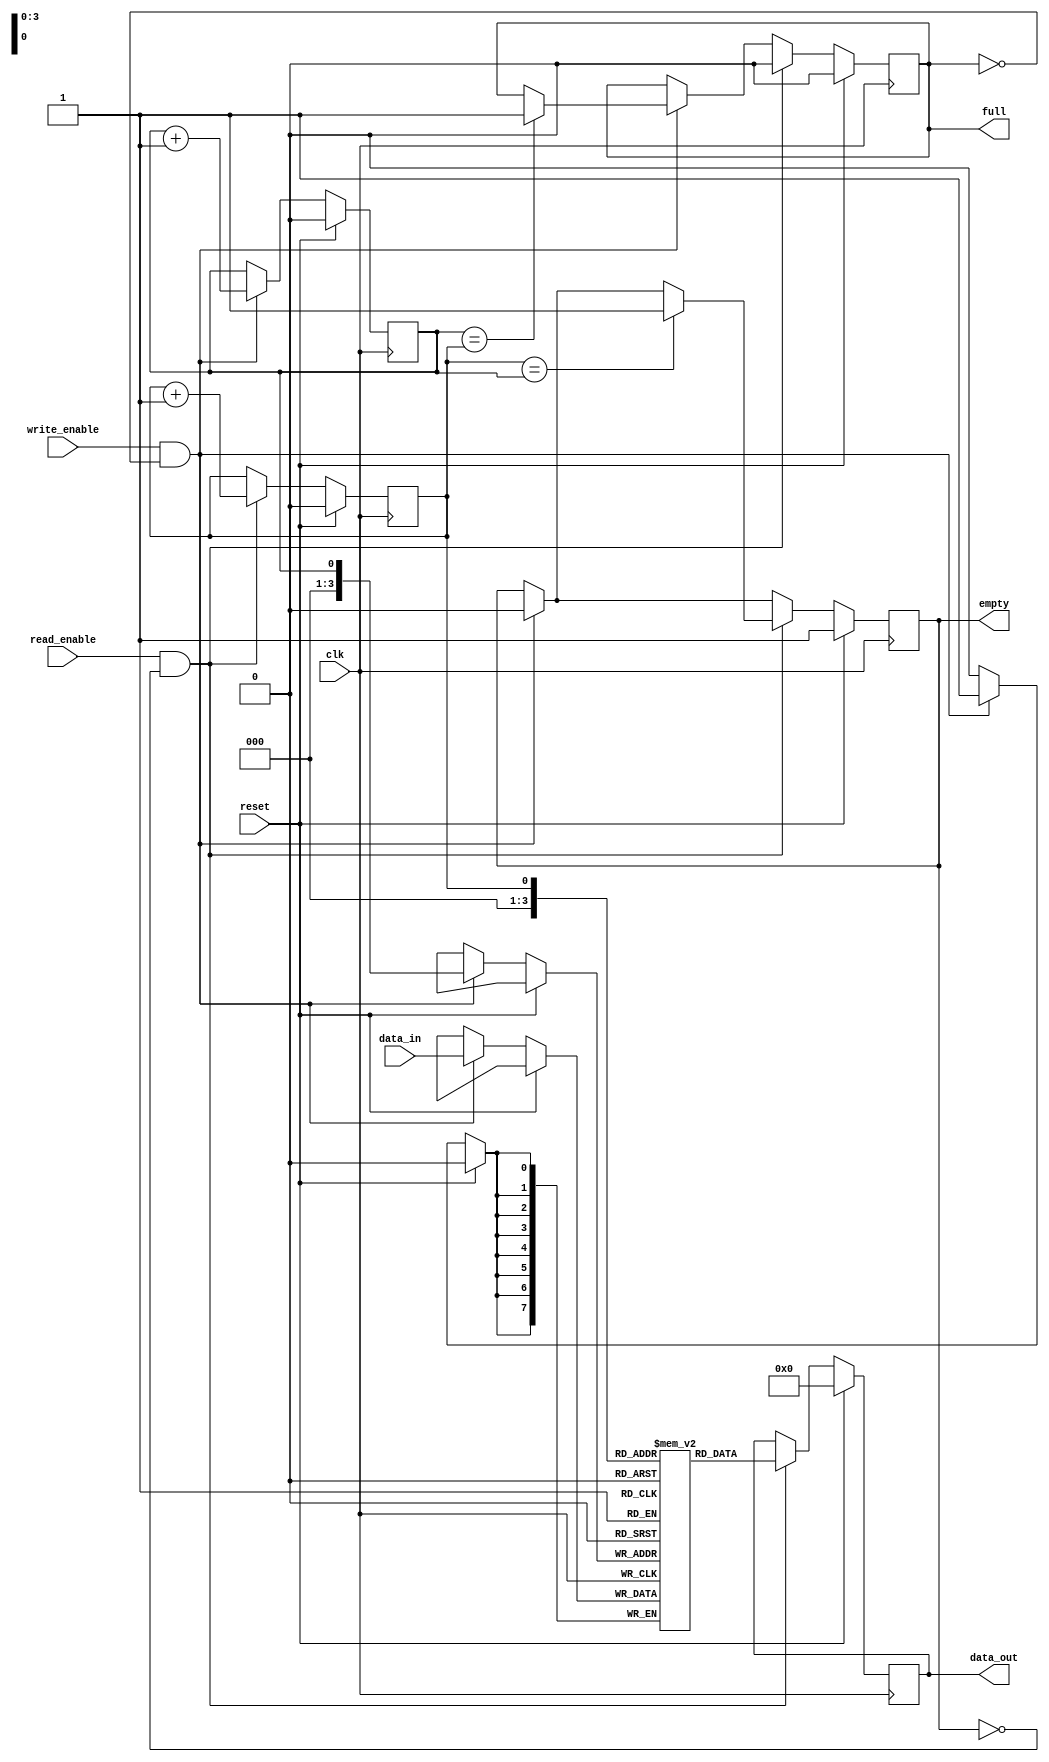
module synchronous_fifo (
    input wire clk,
    input wire reset,
    input wire write_enable,
    input wire read_enable,
    input wire [DATA_WIDTH-1:0] data_in,
    output reg [DATA_WIDTH-1:0] data_out,
    output reg full,
    output reg empty
);

parameter FIFO_DEPTH = 16;
parameter DATA_WIDTH = 8;

reg [DATA_WIDTH-1:0] fifo [0:FIFO_DEPTH-1];
reg head = 0;
reg tail = 0;

always @(posedge clk) begin
    if (reset) begin
        head <= 0;
        tail <= 0;
        full <= 0;
        empty <= 1;
        data_out <= 0;
    end else begin
        if (write_enable && !full) begin
            fifo[head] <= data_in;
            head <= head + 1;
            if (head == tail)
                full <= 1;
            empty <= 0;
        end
        if (read_enable && !empty) begin
            data_out <= fifo[tail];
            tail <= tail + 1;
            if (tail == head)
                empty <= 1;
            full <= 0;
        end
    end
end

endmodule